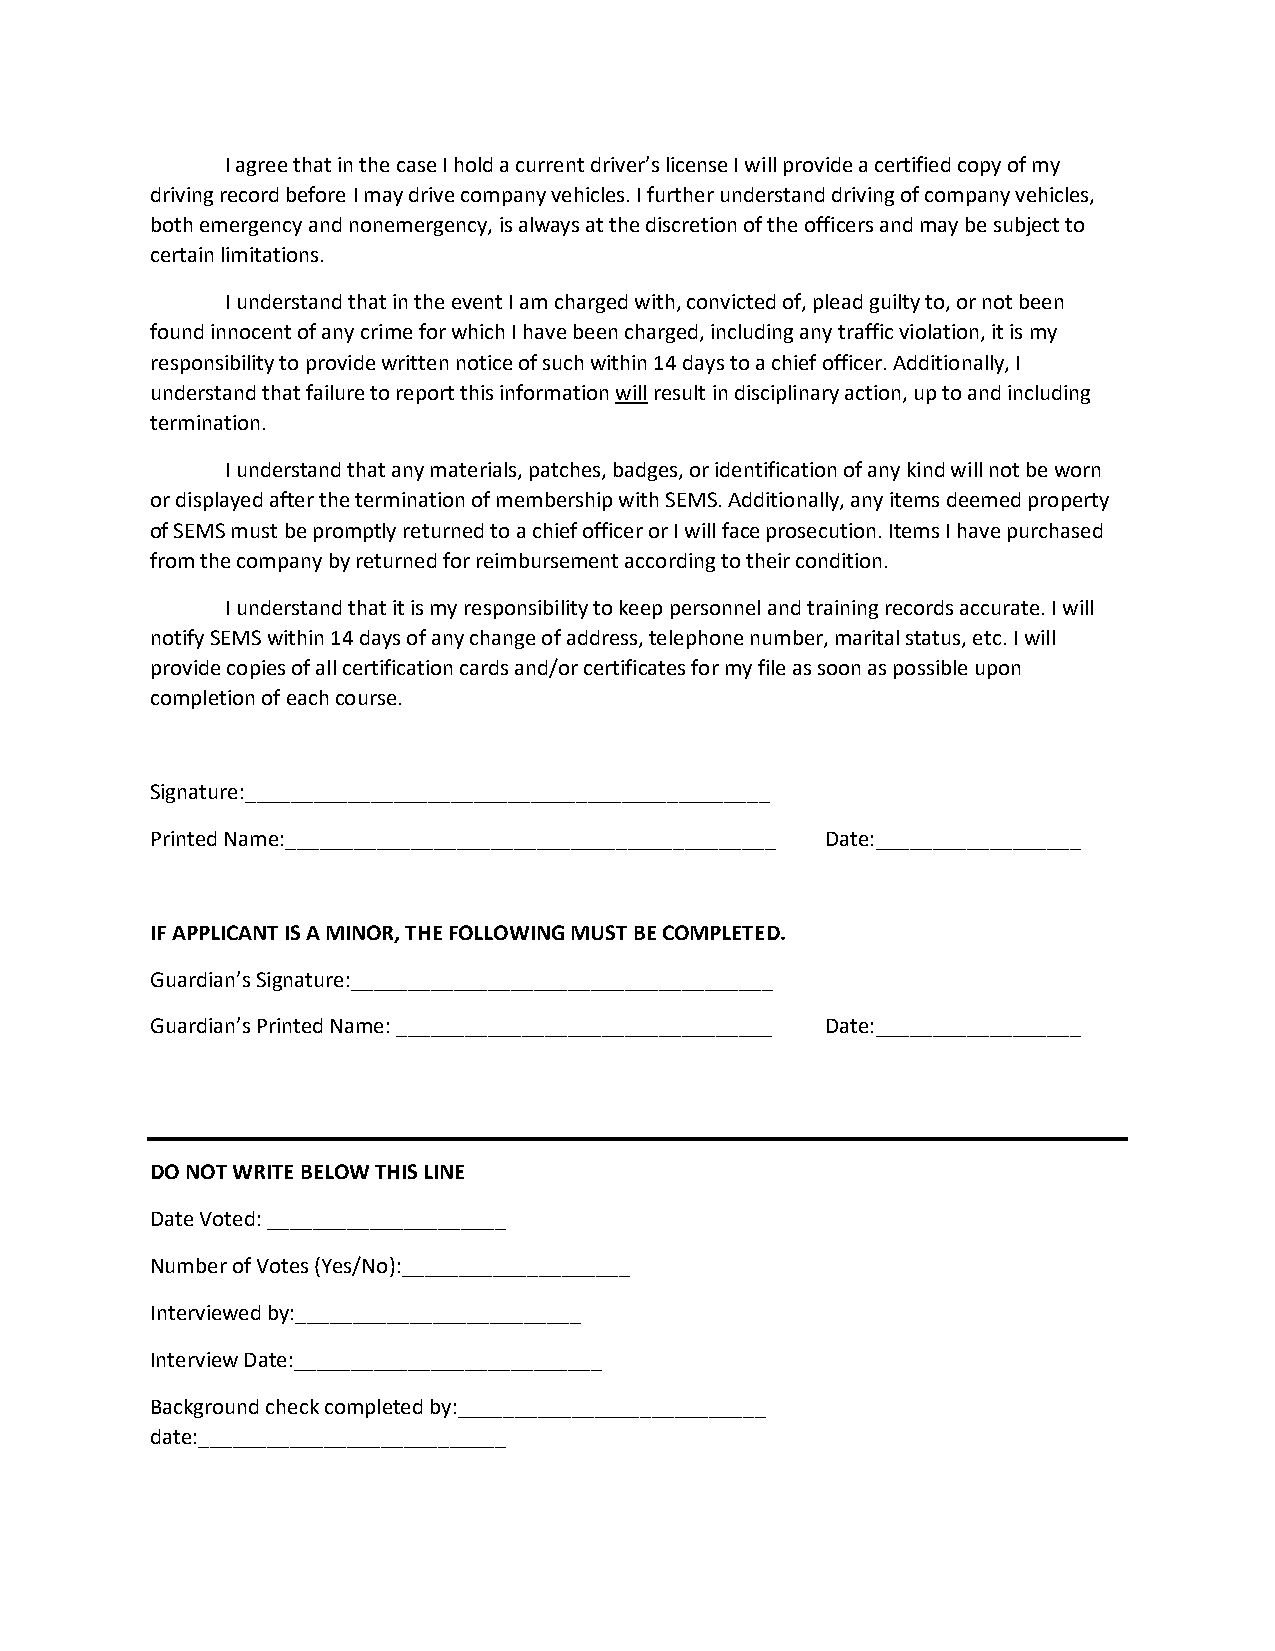
I agree that in the case I hold a current driver’s license I will provide a certified copy of my
 driving record before I may drive company vehicles. I further understand driving of company vehicles,
 both emergency and nonemergency, is always at the discretion of the officers and may be subject to
 certain limitations.
 I understand that in the event I am charged with, convicted of, plead guilty to, or not been
 found innocent of any crime for which I have been charged, including any traffic violation, it is my
 responsibility to provide written notice of such within 14 days to a chief officer. Additionally, I
 understand that failure to report this information will result in disciplinary action, up to and including
 termination.
 I understand that any materials, patches, badges, or identification of any kind will not be worn
 or displayed after the termination of membership with SEMS. Additionally, any items deemed property
 of SEMS must be promptly returned to a chief officer or I will face prosecution. Items I have purchased
 from the company by returned for reimbursement according to their condition.
 I understand that it is my responsibility to keep personnel and training records accurate. I will
 notify SEMS within 14 days of any change of address, telephone number, marital status, etc. I will
 provide copies of all certification cards and/or certificates for my file as soon as possible upon
 completion of each course.
 Signature:______________________________________________
 Printed Name:___________________________________________ Date:__________________
 IF APPLICANT IS A MINOR, THE FOLLOWING MUST BE COMPLETED.
 Guardian’s Signature:_____________________________________
 Guardian’s Printed Name: _________________________________ Date:__________________
 DO NOT WRITE BELOW THIS LINE
 Date Voted: _____________________
 Number of Votes (Yes/No):____________________
 Interviewed by:_________________________
 Interview Date:___________________________
 Background check completed by:___________________________
 date:___________________________